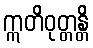
ဣတိဝုတ္တန္တိ